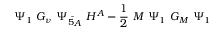
\Psi _ { 1 } ~ G _ { \nu } ~ { \Psi _ { \bar { 5 } } } _ { A } ~ H ^ { A } - \frac { 1 } { 2 } ~ M ~ \Psi _ { 1 } ~ G _ { M } ~ \Psi _ { 1 }